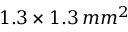
1 . 3 \times 1 . 3 \, m m ^ { 2 }